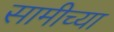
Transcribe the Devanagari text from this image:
सामीच्या